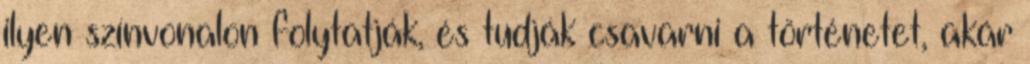
ilyen színvonalon folytatják, és tudják csavarni a történetet, akár